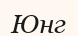
Юнг